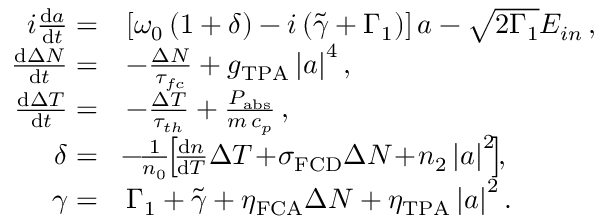
\begin{array} { r l } { i \frac { \mathrm { d } a } { \mathrm { d } t } = } & { \left[ \omega _ { 0 } \left( 1 + \delta \right) - i \left( \tilde { \gamma } + \Gamma _ { 1 } \right) \right] a - \sqrt { 2 \Gamma _ { 1 } } E _ { i n } \, , } \\ { \frac { \mathrm { d } \Delta N } { \mathrm { d } t } = } & { - \frac { \Delta N } { \tau _ { f c } } + g _ { \mathrm { T P A } } \left| a \right| ^ { 4 } , } \\ { \frac { \mathrm { d } \Delta T } { \mathrm { d } t } = } & { - \frac { \Delta T } { \tau _ { t h } } + \frac { P _ { \mathrm { a b s } } } { m \, c _ { p } } \, , } \\ { \delta = } & { \! - \! \frac { 1 } { n _ { 0 } } \! \! \left[ \! \frac { \mathrm { d } n } { \mathrm { d } T } \Delta T \! + \! \sigma _ { \mathrm { F C D } } \Delta N \! + \! n _ { 2 } \left| a \right| ^ { 2 } \! \right] \! \! , } \\ { \gamma = } & { \Gamma _ { 1 } + \tilde { \gamma } + \eta _ { \mathrm { F C A } } \Delta N + \eta _ { \mathrm { T P A } } \left| a \right| ^ { 2 } . } \end{array}